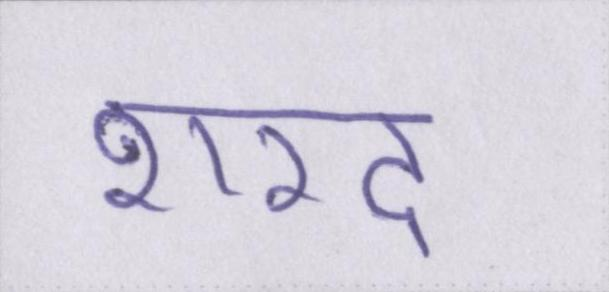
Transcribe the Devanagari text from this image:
शरद